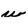
Character: w